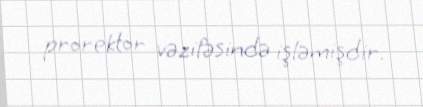
prorektor vəzifəsində işləmişdir.